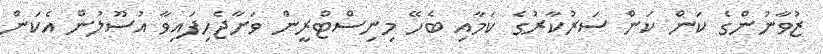
ޒުވާނުންގެ ކަން ކަން ސަރުކާރުގެ ކަމާއި ބެހޭ މިނިސްޓްރީން ވަށާޖެހިފައިވާ އުސޫލުން އެކަން